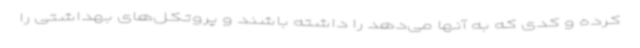
کرده و کدی که به آنها می‌دهد را داشته باشند و پروتکل‌های بهداشتی را